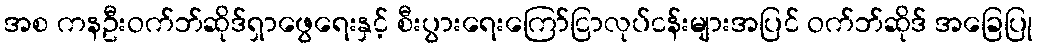
အစ ကနဦးဝက်ဘ်ဆိုဒ်ရှာဖွေရေးနှင့် စီးပွားရေးကြော်ငြာလုပ်ငန်းများအပြင် ဝက်ဘ်ဆိုဒ် အခြေပြု